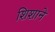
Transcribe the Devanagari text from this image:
शिशाने